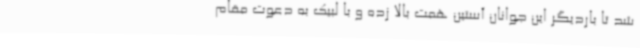
شد تا باردیگر این جوانان آستین همت بالا زده و با لبیک به دعوت مقام